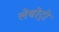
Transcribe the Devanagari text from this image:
लेबोट्री